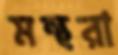
মন্থরা